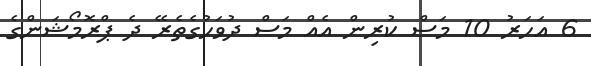
6 އަހަރު 10 މަސް ކުރިން އެއް މަސް ދުވަހުގެތެރޭ ދެ ޕްރޮމޯޝަންގެ